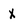
Character: x